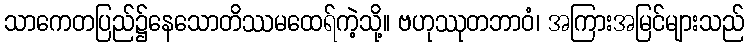
သာကေတပြည်၌နေသောတိဿမထေရ်ကဲ့သို့။ ဗဟုဿုတဘာဝံ၊ အကြားအမြင်များသည်